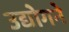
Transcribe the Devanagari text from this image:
उद्योगने